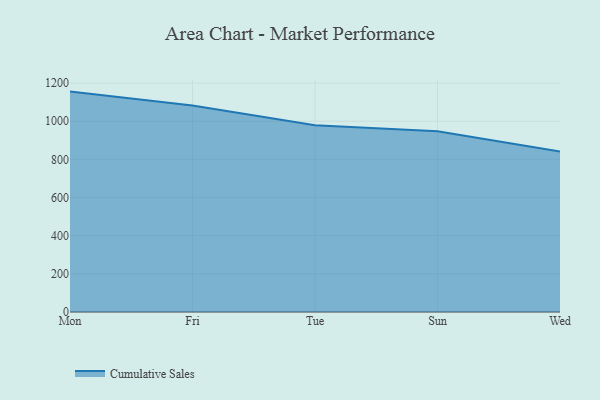
{"axis": {"x": "Day", "y": "Inventory Turnover"}, "legend": ["Cumulative Sales"], "data": [{"x": "Mon", "y": 1155.5, "type": "Cumulative Sales"}, {"x": "Fri", "y": 1082.3, "type": "Cumulative Sales"}, {"x": "Tue", "y": 978.5, "type": "Cumulative Sales"}, {"x": "Sun", "y": 947.1, "type": "Cumulative Sales"}, {"x": "Wed", "y": 841.0, "type": "Cumulative Sales"}]}